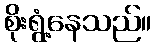
စိုးရွံ့နေသည်။